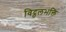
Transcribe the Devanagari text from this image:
विट्ठलभक्ति